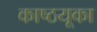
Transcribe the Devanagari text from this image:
काष्ठयूका